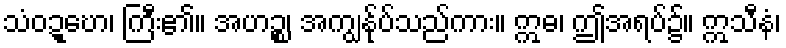
သံဝဍ္ဎော၊ ကြီး၏။ အဟဉ္စ၊ အကျွန်ုပ်သည်ကား။ ဣဓ၊ ဤအရပ်၌။ ဣသီနံ၊